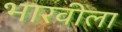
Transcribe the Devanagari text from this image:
भारवीला